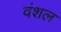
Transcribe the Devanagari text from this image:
वंशल